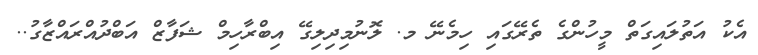
އެކު އަތުލައިގަތް މީހުންގެ ތެރޭގައި ހިމެނޭ މ. ލޮނުމިދިލިގޭ އިބްރާހިމް ޝަފާޒް އަބްދުއްރައްޒާގު..